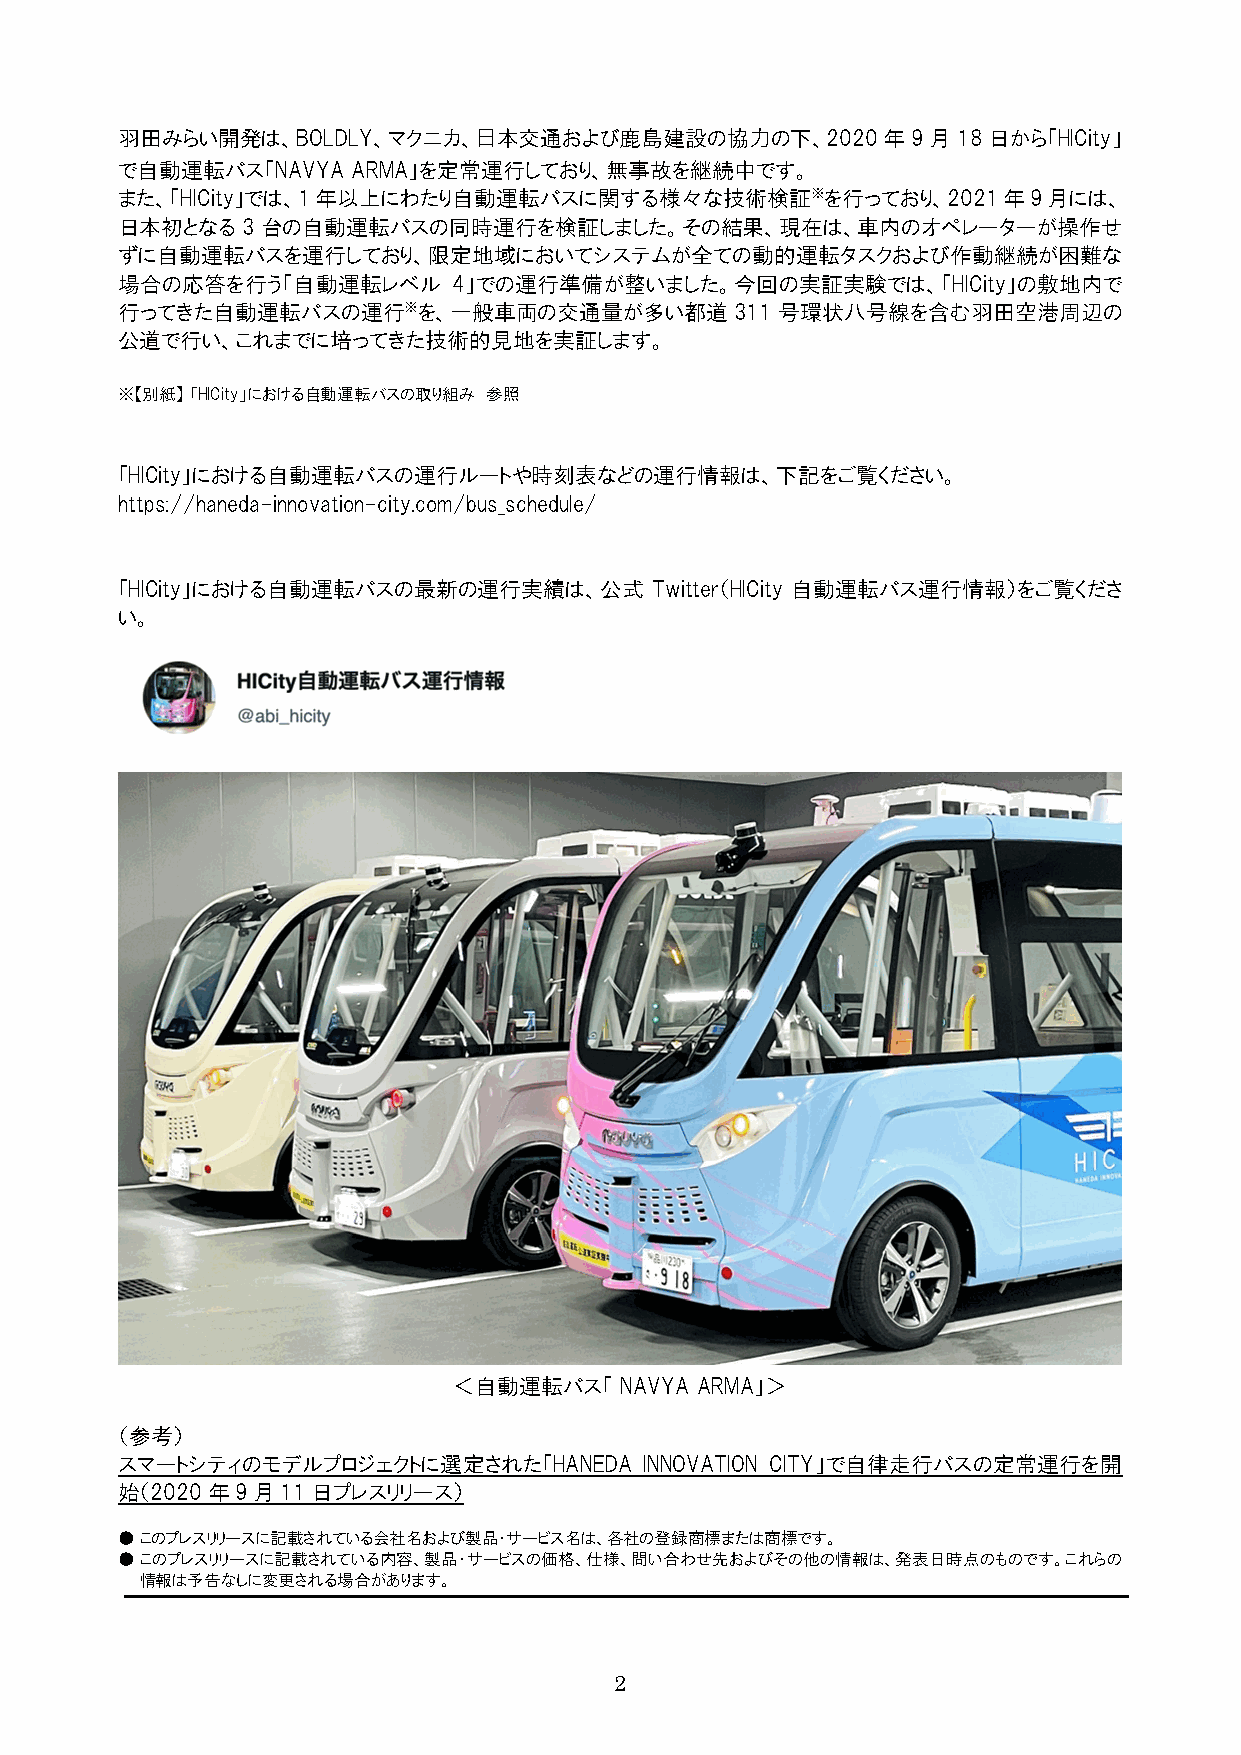
羽田みらい開発は、BOLDLY、マクニカ、日本交通および鹿島建設の協力の下、2020年9月18日から「HICity」
 で自動運転バス「NAVYA  ARMA」を定常運行しており、無事故を継続中です。
 また、「HICity」では、1年以上にわたり自動運転バスに関する様々な技術検証※を行っており、2021年9月には、
 日本初となる3台の自動運転バスの同時運行を検証しました。その結果、現在は、車内のオペレーターが操作せ
 ずに自動運転バスを運行しており、限定地域においてシステムが全ての動的運転タスクおよび作動継続が困難な
 場合の応答を行う「自動運転レベル      4」での運行準備が整いました。今回の実証実験では、「HICity」の敷地内で
 行ってきた自動運転バスの運行※を、一般車両の交通量が多い都道311号環状八号線を含む羽田空港周辺の
 公道で行い、これまでに培ってきた技術的見地を実証します。
 ※【別紙】 「HICity」における自動運転バスの取り組み 参照
 「HICity」における自動運転バスの運行ルートや時刻表などの運行情報は、下記をご覧ください。
 https://haneda-innovation-city.com/bus_schedule/
 「HICity」における自動運転バスの最新の運行実績は、公式     Twitter（HICity 自動運転バス運行情報）をご覧くださ
 い。
 ＜自動運転バス「   NAVYA ARMA」＞
 （参考）
 スマートシティのモデルプロジェクトに選定された「HANEDA     INNOVATION CITY」で自律走行バスの定常運行を開
 始（2020年9月11日プレスリリース）
 ● このプレスリリースに記載されている会社名および製品・サービス名は、各社の登録商標または商標です。
 ● このプレスリリースに記載されている内容、製品・サービスの価格、仕様、問い合わせ先およびその他の情報は、発表日時点のものです。これらの
 情報は予告なしに変更される場合があります。
 2